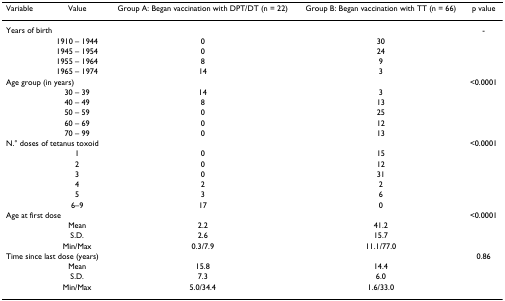
| Variable | Value | Group A: Began vaccination with DPT/DT (n = 22) | Group B: Began vaccination with TT (n = 66) | p value |
 | --- | --- | --- | --- | --- |
 | <COLSPAN=2> Years of birth |  |  | - |
 |  | 1910 – 1944 | 0 | 30 |  |
 |  | 1945 – 1954 | 0 | 24 |  |
 |  | 1955 – 1964 | 8 | 9 |  |
 |  | 1965 – 1974 | 14 | 3 |  |
 | <COLSPAN=2> Age group (in years) |  |  | <0.0001 |
 |  | 30 – 39 | 14 | 3 |  |
 |  | 40 – 49 | 8 | 13 |  |
 |  | 50 – 59 | 0 | 25 |  |
 |  | 60 – 69 | 0 | 12 |  |
 |  | 70 – 99 | 0 | 13 |  |
 | <COLSPAN=2> N.° doses of tetanus toxoid |  |  | <0.0001 |
 |  | 1 | 0 | 15 |  |
 |  | 2 | 0 | 12 |  |
 |  | 3 | 0 | 31 |  |
 |  | 4 | 2 | 2 |  |
 |  | 5 | 3 | 6 |  |
 |  | 6–9 | 17 | 0 |  |
 | <COLSPAN=2> Age at first dose |  |  | <0.0001 |
 |  | Mean | 2.2 | 41.2 |  |
 |  | S.D. | 2.6 | 15.7 |  |
 |  | Min/Max | 0.3/7.9 | 11.1/77.0 |  |
 | <COLSPAN=2> Time since last dose (years) |  |  | 0.86 |
 |  | Mean | 15.8 | 14.4 |  |
 |  | S.D. | 7.3 | 6.0 |  |
 |  | Min/Max | 5.0/34.4 | 1.6/33.0 |  |